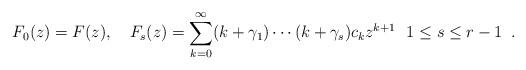
LaTeX: \begin{align*} F_0(z)=F(z), \ \ \ F_{s}(z)=\sum_{k=0}^{\infty}(k+\gamma_1)\cdots (k+\gamma_s)c_kz^{k+1} \ \ 1\le s \le r-1\enspace.\end{align*}